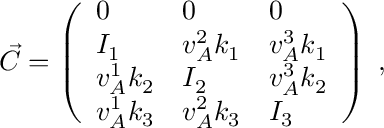
\vec { C } = \left( \begin{array} { l l l } { 0 } & { 0 } & { 0 } \\ { I _ { 1 } } & { v _ { A } ^ { 2 } k _ { 1 } } & { v _ { A } ^ { 3 } k _ { 1 } } \\ { v _ { A } ^ { 1 } k _ { 2 } } & { I _ { 2 } } & { v _ { A } ^ { 3 } k _ { 2 } } \\ { v _ { A } ^ { 1 } k _ { 3 } } & { v _ { A } ^ { 2 } k _ { 3 } } & { I _ { 3 } } \end{array} \right) \; ,